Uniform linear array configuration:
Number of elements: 12
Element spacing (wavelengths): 1
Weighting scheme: uniform
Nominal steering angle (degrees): -45
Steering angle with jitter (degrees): -45.572
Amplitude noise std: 0.05
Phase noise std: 0.05

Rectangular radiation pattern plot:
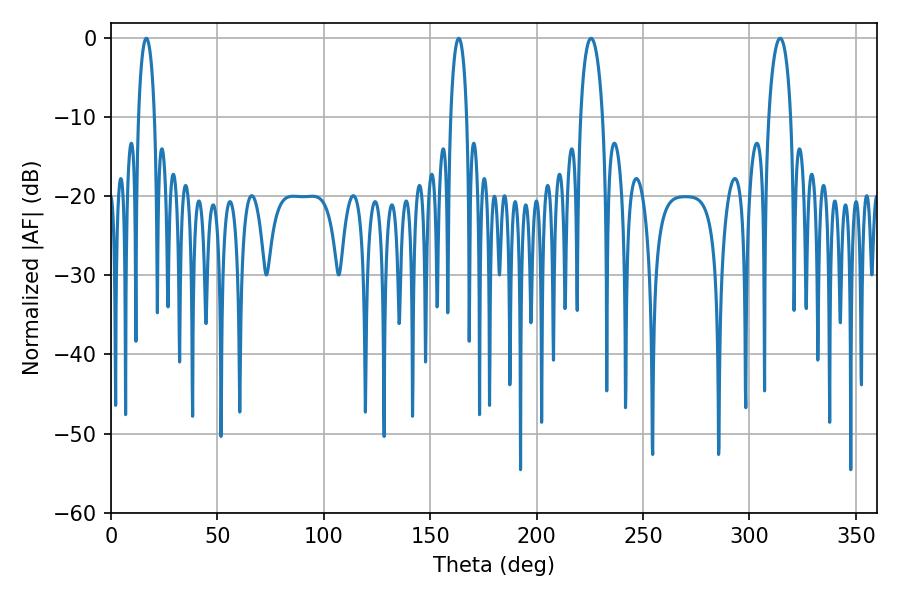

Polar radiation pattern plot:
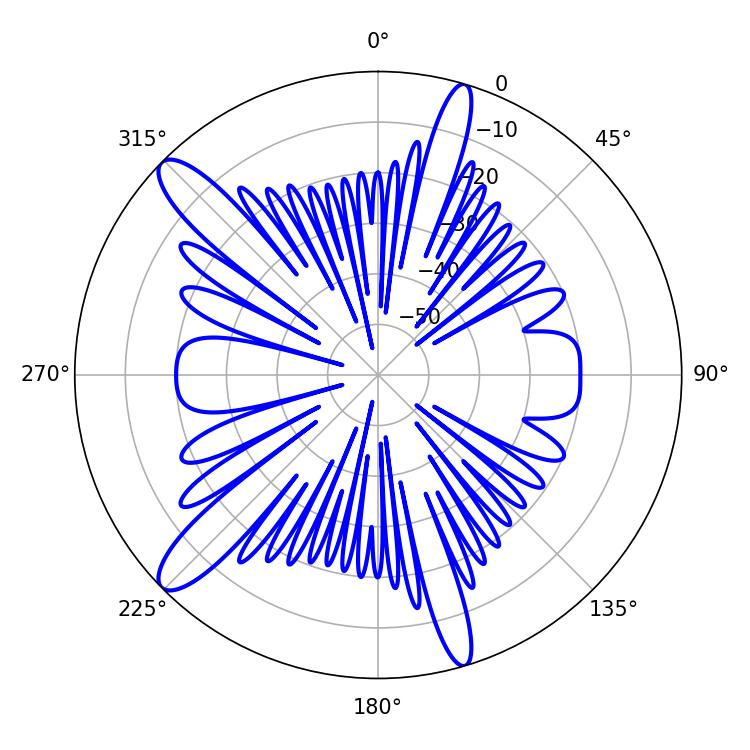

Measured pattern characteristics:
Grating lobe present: TRUE
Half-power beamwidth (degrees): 5.94
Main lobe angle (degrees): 225.54